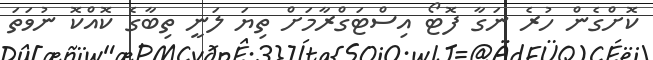
ކޮށްގެން ހުރެ ނަގާ ފޮޓޯ އިސްޓަގްރާމަށް ތިޔަ ލަނީ ތިބާގެ ކޮއްކޮ ނުވަތަ